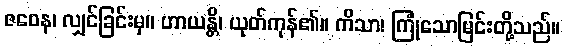
ဇဝေန၊ လျှင်ခြင်းမှ။ ဟာယန္တိ၊ ယုတ်ကုန်၏။ ကိသာ၊ ကြုံသောမြင်းတို့သည်။